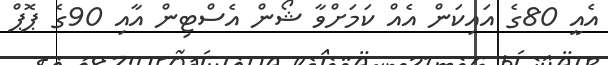
އެއީ 80ގެ އައިކަން އެއް ކަމަށްވާ ޝޯން އެސްޓިން އާއި 90ގެ ޕޮޕް